Annual report of the Punjab Veterinary College and of the Civil Veterinary Department, Punjab - 1926-1932
Year: 1926
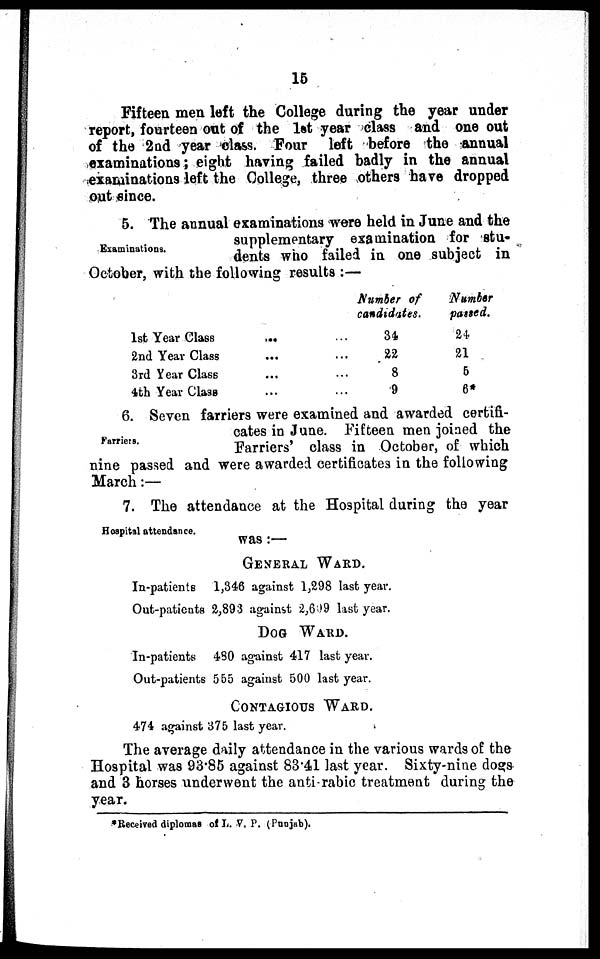
15
Fifteen men left the College during the year under
report, fourteen out of the 1st year class and one out
of the 2nd year class. Four left before the annual
examinations; eight having failed badly in the annual
examinations left the College, three others have dropped
out since.
Examinations.
5. The annual examinations were held in June and the
supplementary examination for stu-
dents who failed in one subject in
October, with the following results:—
1st Year Class
...
2nd Year Class
...
3rd Year Class
...
4th Year
Class
...
Number of
candidates.
34
22
8
9
Number
passed.
24
21
5
6*
Farriers.
6. Seven farriers were examined and awarded certifi-
cates in June. Fifteen men joined the
Farriers' class in October, of which
nine passed and were awarded certificates in the following
March:—
Hospital attendance.
7. The attendance at the Hospital during the year
was:—
GENERAL WARD.
In-patients
1,346 against 1,298 last year.
Out-patients 2,893 against 2,609 last year.
DOG WARD.
In-patients
430 against 417 last year.
Out-patients 555 against 500 last year.
CONTAGIOUS WARD.
474 against 375 last year.
The average daily attendance in the various wards of the
Hospital was 93.85 against 83.41 last year. Sixty-nine dogs
and 3 horses underwent the anti-rabic treatment during the
year.
*Received diplomas of L. V. P. (Punjab).